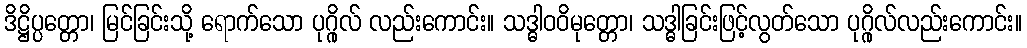
ဒိဋ္ဌိပ္ပတ္တော၊ မြင်ခြင်းသို့ ရောက်သော ပုဂ္ဂိုလ် လည်းကောင်း။ သဒ္ဓါဝဝိမုတ္တော၊ သဒ္ဓါခြင်းဖြင့်လွတ်သော ပုဂ္ဂိုလ်လည်းကောင်း။